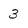
Character: 3